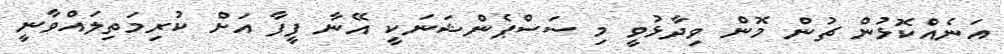
އަނެއްކޮޅުން ޗުން މޮން ވިދާޅުވީ މި ސަސްޕެންޝަނަކީ އޭނާ ފީފާ އަށް ކުރިމަތިލައްވާނީ